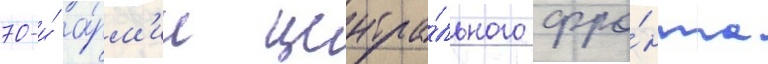
70-и́ а́рм'ии центра́льного фро́нта